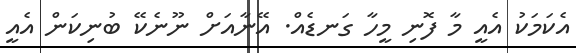
އެކަމަކު އެއީ މާ ފޮނި މީހާ ގަނޑެއް. އޭނާއަށް ނޫނެކޭ ބުނިކަން އެއީ